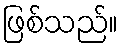
ဖြစ်သည်။